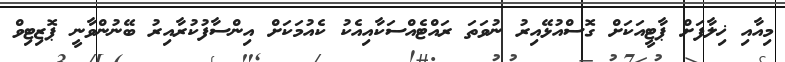
މިއާއި ޚިލާފަށް ޕާޓީއަކަށް ގޮސްއުޅޭއިރު ނުވަތަ ރައްޓެއްސަކާއިއެކު ކެއުމަކަށް އިންސާފުކުރާއިރު ބޭނުންވާނީ ޕޮޒިޓިވް